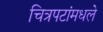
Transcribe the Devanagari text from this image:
चित्रपटांमधले